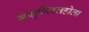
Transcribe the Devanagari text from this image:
संयुग्मितहोता